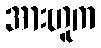
အားဟူက